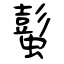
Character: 蟚